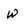
Character: w